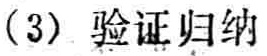
（3）验证归纳